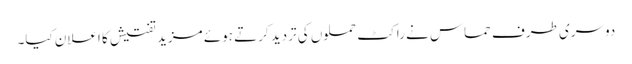
دوسری طرف حماس نے راکٹ حملوں کی تردید کرتے ہوئے مزید تفتیش کا اعلان کیا۔